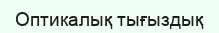
Оптикалық тығыздық